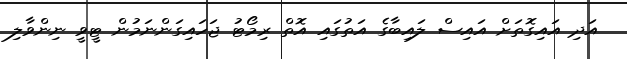
އަދި އައިގޮތަށް އައިސް ލައިބާގެ އަތުގައި އޮތް ރިމޯޓު ޖަހައިގަންނަމުން ޓީވީ ނިންވާލި